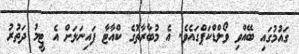
ގައުމުގައި ބޭއްވި ވޯލްޑްކަޕްގައެވެ. އެ މުބާރާތުގެ ކްއާޓާ ފައިނަލަށް އެ ޓީމު ދަތުރު